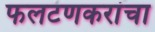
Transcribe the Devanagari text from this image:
फलटणकरांचा